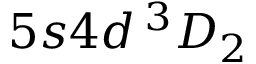
5 s 4 d \, ^ { 3 } D _ { 2 }